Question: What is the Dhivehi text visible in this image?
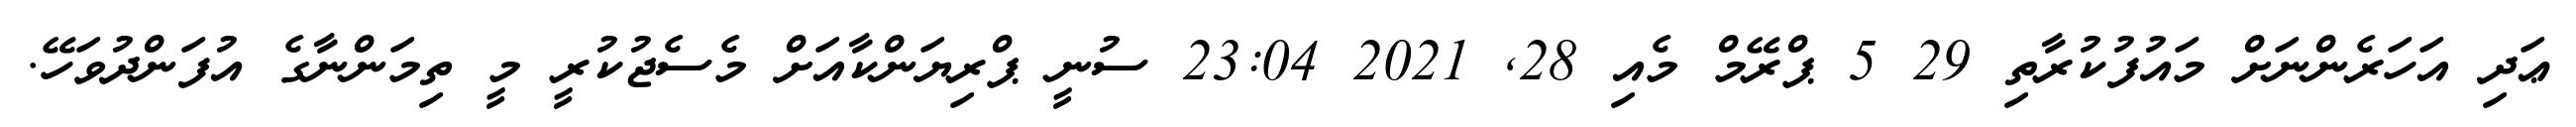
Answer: ޢަދި އަހަރެންނަށް މައުފުކުރާތި 29 5 ޕްރޭމް މެއި 28, 2021 23:04 ސުނީ ޕްރިޔަންކާއަށް މެސެޖުކުރީ މީ ތިމަންނާގެ އުފަންދުވަހޭ.